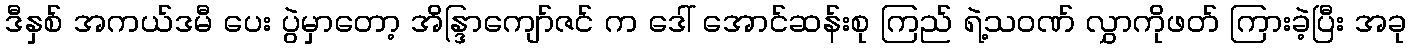
ဒီနှစ် အကယ်ဒမီ ပေး ပွဲမှာတော့ အိန္ဒြာကျော်ဇင် က ဒေါ် အောင်ဆန်းစု ကြည် ရဲ့သဝဏ် လွှာကိုဖတ် ကြားခဲ့ပြီး အခု